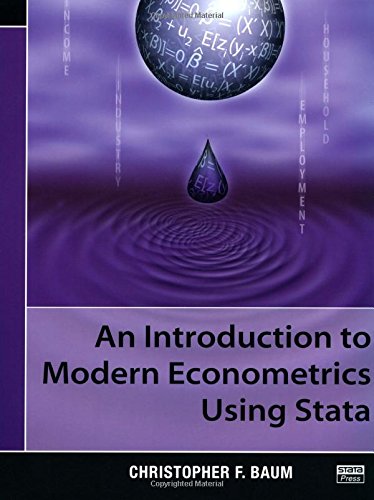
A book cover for An Introduction to Modern Econometrics Using Stata; Christopher F. Baum; Computers & Technology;